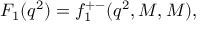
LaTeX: { \cal F } _ { 1 } ( q ^ { 2 } ) = f _ { 1 } ^ { + - } ( q ^ { 2 } , M , M ) ,